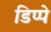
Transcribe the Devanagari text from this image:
डिप्‍पे